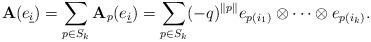
LaTeX: \begin{align*}\mathbf{A}(e_{\underline{i}}) = \sum_{p \in S_{k}} \mathbf{A}_p(e_{\underline{i}}) = \sum_{p \in S_{k}} (-q)^{\|p\|} e_{p(i_{1})} \otimes \cdots \otimes e_{p(i_{k})}.\end{align*}